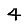
Digit: 4